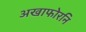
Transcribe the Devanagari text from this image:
अखाफोरनि